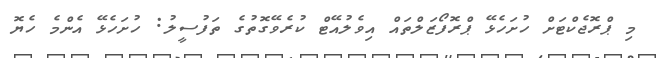
މި ޕްރޮޖެކްޓަށް ހުށަހެޅޭ ޕްރޮފޯޒަލްތައް އިވެލުއޭޓް ކުރެވޭގޮތުގެ ތަފުސީލު: ހުށަހެޅޭ އެންމެ ހެޔޮ